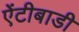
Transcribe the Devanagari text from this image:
ऐंटीबाडी